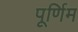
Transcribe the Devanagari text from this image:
पूर्णिम